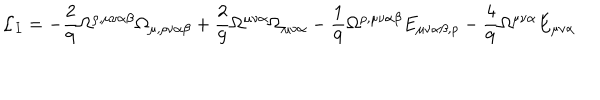
{ \cal L } _ { I } = - \frac { 2 } { 9 } \Omega ^ { \rho , \mu \nu \alpha \beta } \Omega _ { \mu , \rho \nu \alpha \beta } + \frac { 2 } { 9 } \Omega ^ { \mu \nu \alpha } \Omega _ { \mu \nu \alpha } - \frac { 1 } { 9 } \Omega ^ { \rho , \mu \nu \alpha \beta } E _ { \mu \nu \alpha \beta , \rho } - \frac { 4 } { 9 } \Omega ^ { \mu \nu \alpha } E _ { \mu \nu \alpha }